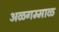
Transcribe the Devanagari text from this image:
अळगम्माळ